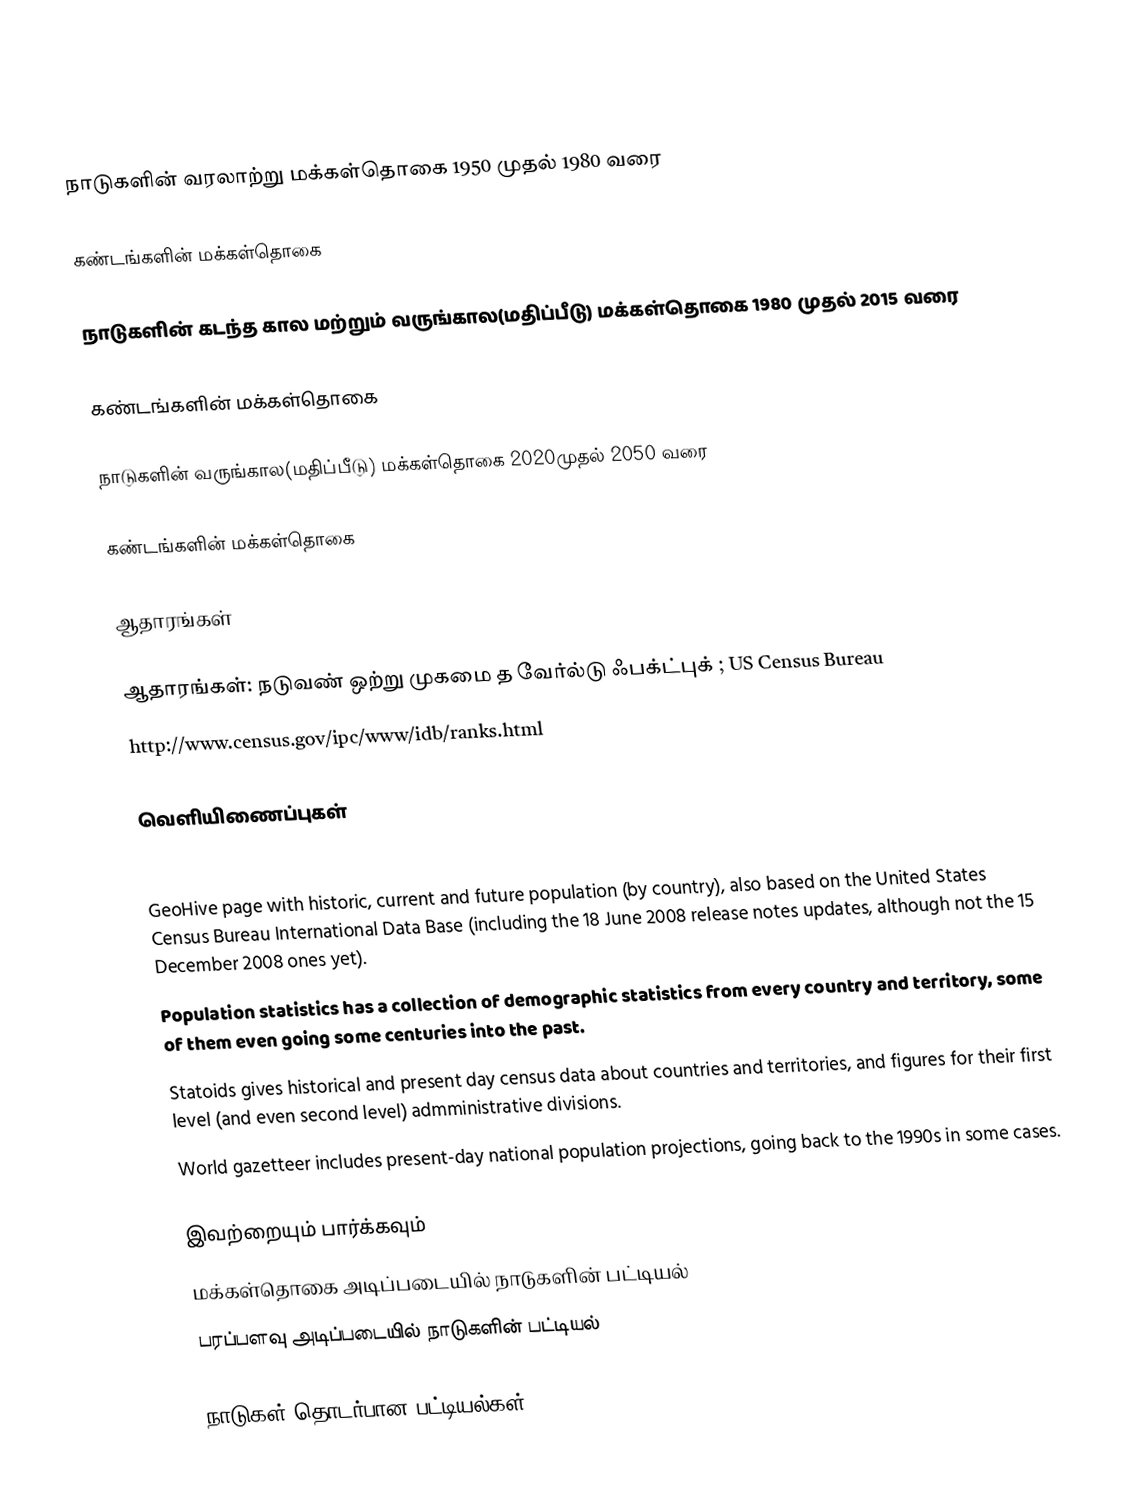

நாடுகளின் வரலாற்று மக்கள்தொகை 1950 முதல்  1980 வரை

கண்டங்களின் மக்கள்தொகை

நாடுகளின் கடந்த கால மற்றும் வருங்கால(மதிப்பீடு) மக்கள்தொகை 1980 முதல்  2015 வரை

கண்டங்களின் மக்கள்தொகை

நாடுகளின் வருங்கால(மதிப்பீடு) மக்கள்தொகை 2020முதல்  2050 வரை

கண்டங்களின் மக்கள்தொகை

ஆதாரங்கள்

ஆதாரங்கள்: நடுவண் ஒற்று முகமை த வேர்ல்டு ஃபக்ட்புக்  ; US Census Bureau
http://www.census.gov/ipc/www/idb/ranks.html

வெளியிணைப்புகள்
 City population provides demographic data not only for cities, but also for countries (and their primary administrative divisions), usually going back up to the year 1980.
 GeoHive page  with historic, current and future population (by country), also based on the United States Census Bureau International Data Base (including the 18 June 2008 release notes updates, although not the 15 December 2008 ones yet).
 Population statistics  has a collection of demographic statistics from every country and territory, some of them even going some centuries into the past.
 Statoids gives historical and present day census data about countries and territories, and figures for their first level (and even second level) admministrative divisions.
 World gazetteer includes present-day national population projections, going back to the 1990s in some cases.

இவற்றையும் பார்க்கவும்
மக்கள்தொகை அடிப்படையில் நாடுகளின் பட்டியல்
பரப்பளவு அடிப்படையில் நாடுகளின் பட்டியல்

நாடுகள் தொடர்பான பட்டியல்கள்